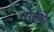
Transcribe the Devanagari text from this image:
रोलैंडो